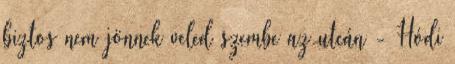
biztos nem jönnek veled szembe az utcán - Hódi